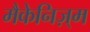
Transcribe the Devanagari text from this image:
मैकेनिज़्म